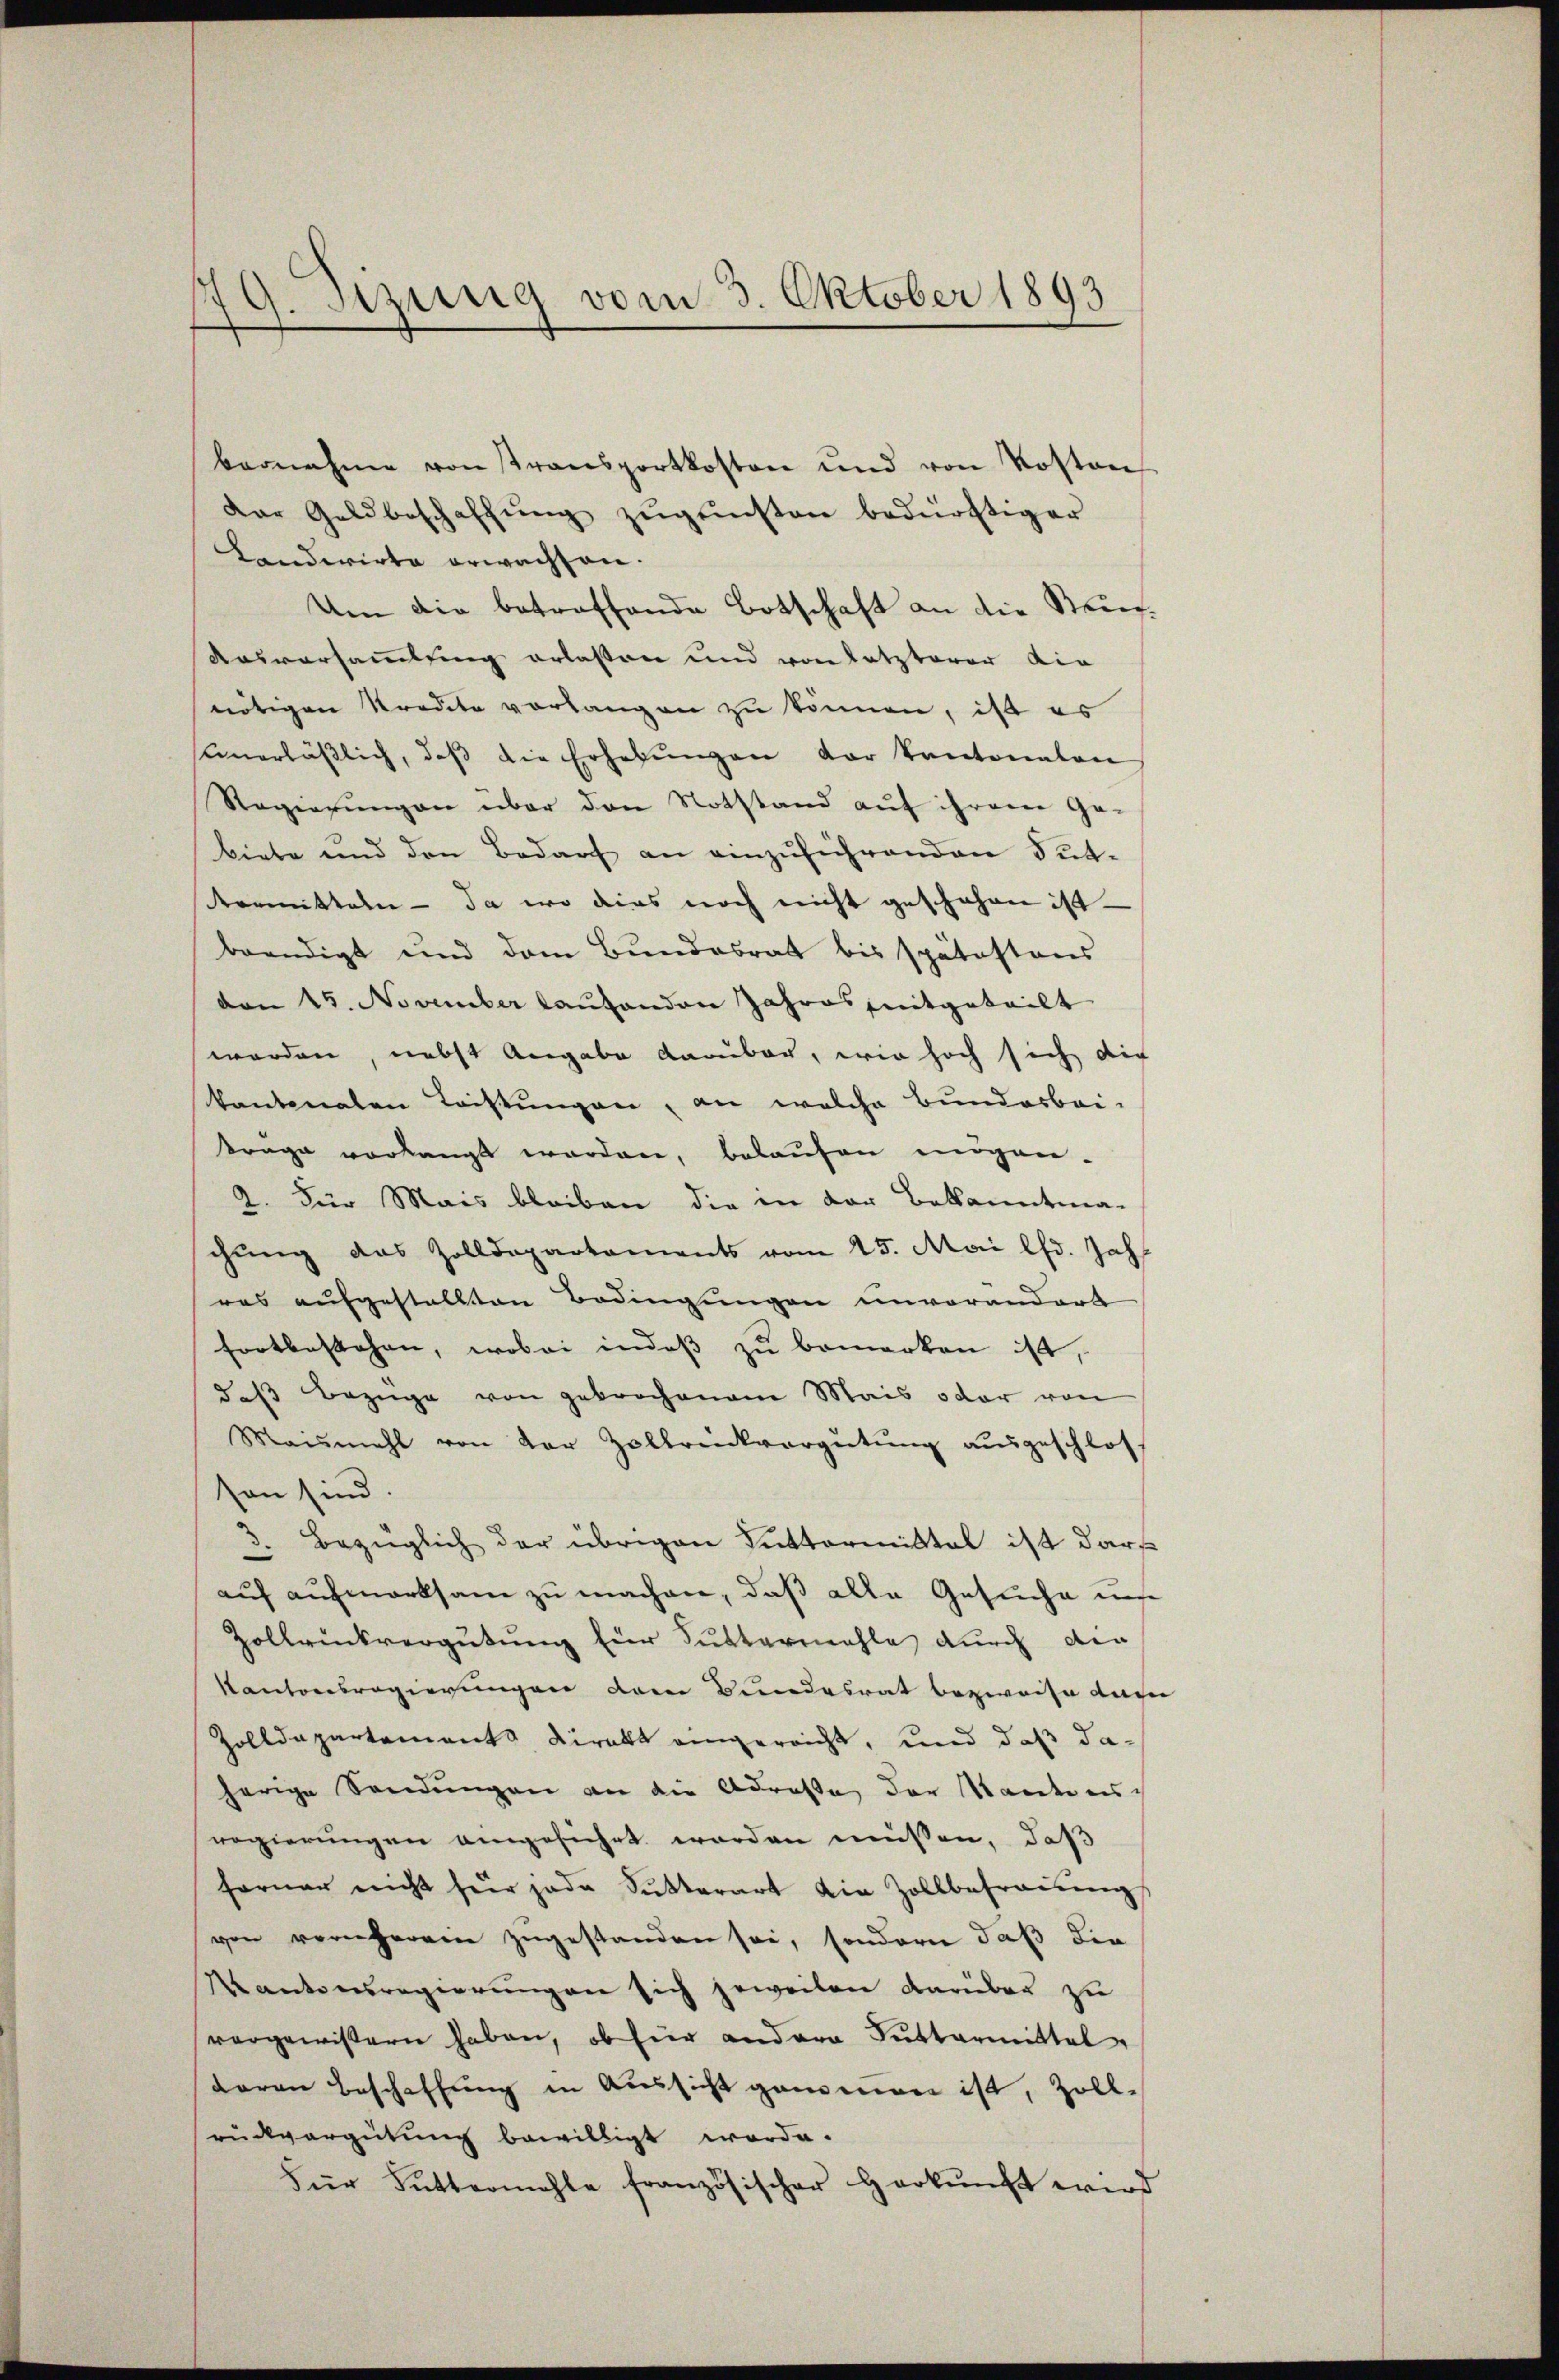
19. Sitzung vom 3. Oktober 1893

bernahme von Transportkosten und von Kosten
Der Geldbeschaffŭng zŭgeisten bedürftiger
Landwirte erwachsen.
Um die betreffende Botschaft an die Steig¬
Ausversammlung erlaßen und von letzterer die
nötigen Kredite vorlangen zu können, ist es
unerläβlich, daβ die Erhebŭngen der kantonaten
Regierungen über den Notstand auf ihrem Ge-
biete und den Bedarf an einzŭführenden Sut-
vormitteln - da wo dies noch nicht geschehen ist
beendigt und dem Bundesrat bis spätestens
don 15. November laŭtenden Jahres mitgeteilt
werden, nebst Angabe darüber, wie hoch sich die
kantonalen Leistungen, an welche Bunderbei-
trage vorlangt worden, belaufen mögen.
2. Für Mais bleiben die in der Bekanntma-
chung des Zolldepartements vom 25. Mai lfd. Jah
res aufgestellten Bedingungen unvorandert
fortbestehen, wobei indeß zu bemerken ist,
513 Bezüge von gebrochenem Mais oder von
Maismahl von der Zolbrückvergütung ausgeschloss
son sind.
3. Bezüglich der übrigen Luttermittal ist darf
auf aufmerksam zu machen, daß alle Gesuche un
Zollrückvergütung für Suttermahle durch die
Kantonsregierungen dem Bundesrat bezweife dahe
Zolldepartements Direkt eingereicht, und daß daherige Sendungen an die Adresse der Kantons
regierungen angesichet worden müssen, daß
ferner nicht für jede Sutterart die Zollbefraŭmg
von vornherein zugestanden sei, sondern daß die
Kantonsregierungen sich jeweilen darüber zu
vorgewissern haben, ob hier andera Suttermittel,
daren Beschaffung in Aussicht genomen ist, Zoll-
rückvergütung bewilligt worde.
Für Futtermahle französischer Herkŭnft wird